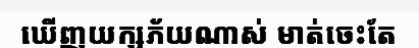
ឃើញយក្សភ័យណាស់ មាត់ចេះតែ